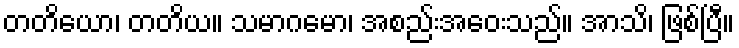
တတိယော၊ တတိယ။ သမာဂမော၊ အစည်းအဝေးသည်။ အာသိ၊ ဖြစ်ပြီ။